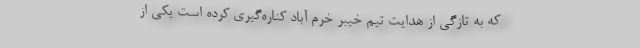
که به تازگی از هدایت تیم خیبر خرم آباد کناره‌گیری کرده است یکی از